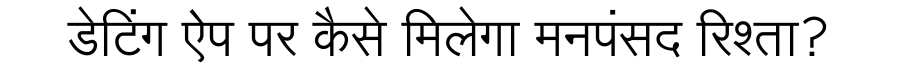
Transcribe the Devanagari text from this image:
डेटिंग ऐप पर कैसे मिलेगा मनपंसद रिश्ता?